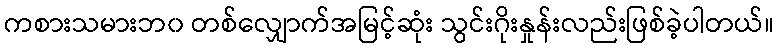
ကစားသမားဘ၀ တစ်လျှောက်အမြင့်ဆုံး သွင်းဂိုးနှုန်းလည်းဖြစ်ခဲ့ပါတယ်။